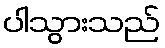
ပါသွားသည်